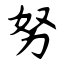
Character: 努